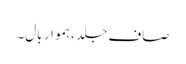
صاف جلد ، ہموار بال۔